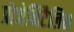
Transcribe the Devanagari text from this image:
प्रोजेनिटैलिस